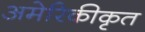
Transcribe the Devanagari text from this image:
अमेरिकीकृत